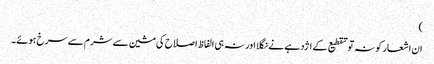
)
ان اشعار کو نہ تو تقطیع کے اژدہے نے نگلا اور نہ ہی الفاظ اصلاح کی مشین سے شرم سے سرخ ہوئے۔